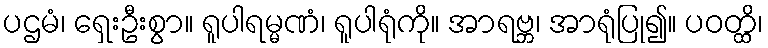
ပဌမံ၊ ရှေးဦးစွာ။ ရူပါရမ္မဏံ၊ ရူပါရုံကို။ အာရဗ္ဘ၊ အာရုံပြု၍။ ပဝတ္ထိ၊